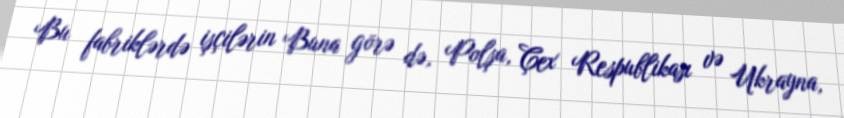
Bu fabriklərdə işçilərin Buna görə də, Polşa, Çex Respublikası və Ukrayna,